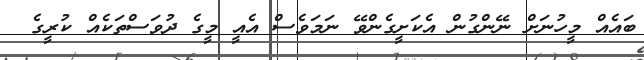
ބައެއް މީހުނަށް ނޭންގުން އެކަށީގެންވޭ ނަމަވެސް އެއީ މީގެ ދުވަސްތަކެއް ކުރީގެ